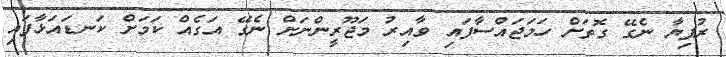
ރުފިޔާ ނެގޭ ގޮތަށް ހަމަޖައްސާފައި ވާއިރު މަޖޫރީންނަށް ނެގޭ އަގެއް ކަމަށް ކަނޑައަޅާފައި